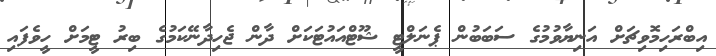
އިބްރަހިމޮވިޗަށް އަނިޔާވުމުގެ ސަބަބުން ޕެނަލްޓީ ޝޫޓްއައުޓަކަށް ދާން ޖެހިދާނޭކަމުގެ ބިރު ޓީމަށް ހީވެފައި